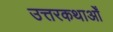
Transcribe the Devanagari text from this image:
उत्तरकथाओँ